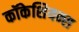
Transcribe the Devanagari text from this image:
कॉकेशियन्स